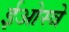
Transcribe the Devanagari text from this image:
ईओस्त्रे